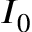
I _ { 0 }